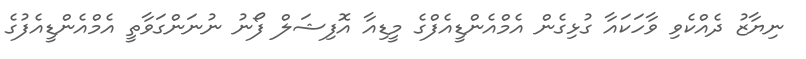
ނިޔާޒު ދެއްކެވި ވާހަކައާ ގުޅިގެން އެމްއެންޑީއެފްގެ މީޑިއާ އޮފިޝަލް ފޯނު ނުނަންގަވާތީ އެމްއެންޑީއެފުގެ